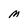
Character: M